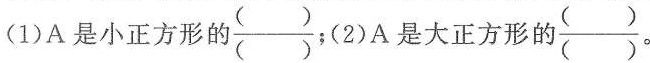
A是小正方形的\frac{()}{()};2)A是大正方形的\frac{()}{()}。